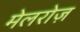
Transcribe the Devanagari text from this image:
मेलरोज़